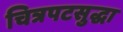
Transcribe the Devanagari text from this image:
चित्रपटसुद्धा